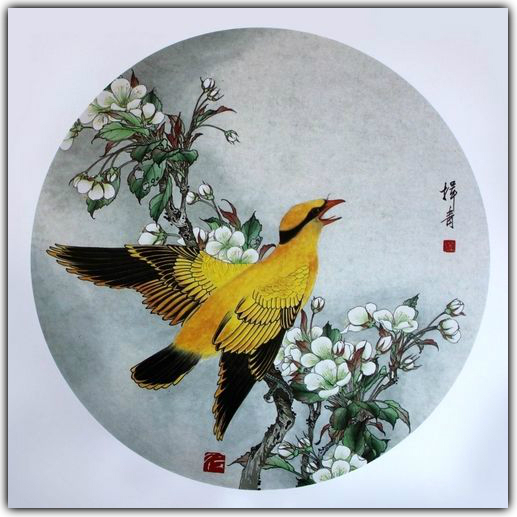
春透水波明，寒峭花枝瘦。